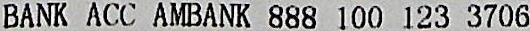
BANK ACC AMBANK 888 100 123 3706